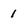
Character: I